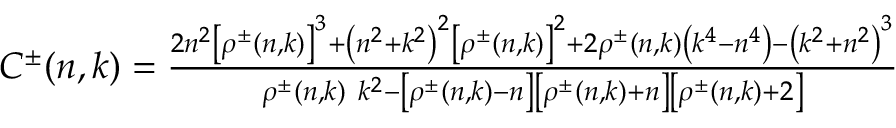
\begin{array} { r } { C ^ { \pm } ( n , k ) = \frac { 2 n ^ { 2 } \left[ \rho ^ { \pm } ( n , k ) \right] ^ { 3 } + \left( n ^ { 2 } + k ^ { 2 } \right) ^ { 2 } \left[ \rho ^ { \pm } ( n , k ) \right] ^ { 2 } + 2 \rho ^ { \pm } ( n , k ) \left( k ^ { 4 } - n ^ { 4 } \right) - \left( k ^ { 2 } + n ^ { 2 } \right) ^ { 3 } } { \rho ^ { \pm } ( n , k ) ~ k ^ { 2 } - \left[ \rho ^ { \pm } ( n , k ) - n \right] \left[ \rho ^ { \pm } ( n , k ) + n \right] \left[ \rho ^ { \pm } ( n , k ) + 2 \right] } } \end{array}